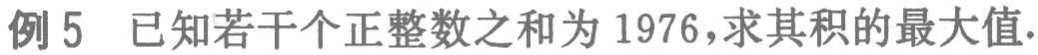
例5 已知若干个正整数之和为 1976，求其积的最大值.